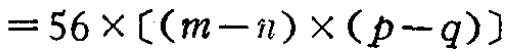
\(=56\times[(m - n)\times(p - q)]\)